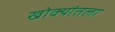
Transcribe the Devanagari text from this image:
खोक्यांतला